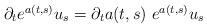
LaTeX: \begin{align*} \begin{array}{ll}\partial_t e^{a(t,s)} u_s = \partial_t a(t,s) ~ e^{a(t,s)} u_s \\\end{array} \end{align*}